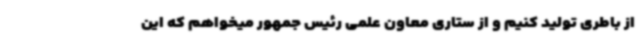
از باطری تولید کنیم و از ستاری معاون علمی رئیس جمهور میخواهم که این